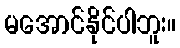
မအောင်နိုင်ပါဘူး။